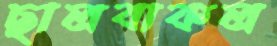
ছালবাকল